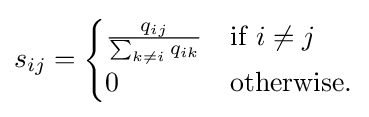
s_{ij}={\begin{cases}{\frac {q_{ij}}{\sum _{k\neq i}q_{ik}}}&{\text{if }}i\neq j\\0&{\text{otherwise}}.\end{cases}}